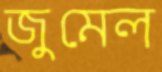
জুমেল